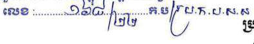
លេខ : ១៦៨/២២ ក.ប/ប្រ.ក.ប.ស.ស